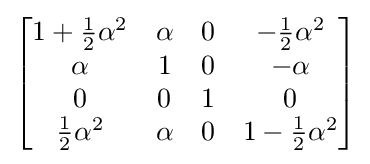
{\begin{bmatrix}1+{\frac {1}{2}}\alpha ^{2}&\alpha &0&-{\frac {1}{2}}\alpha ^{2}\\\alpha &1&0&-\alpha \\0&0&1&0\\{\frac {1}{2}}\alpha ^{2}&\alpha &0&1-{\frac {1}{2}}\alpha ^{2}\end{bmatrix}}